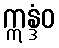
ဣန္ဒံဝ